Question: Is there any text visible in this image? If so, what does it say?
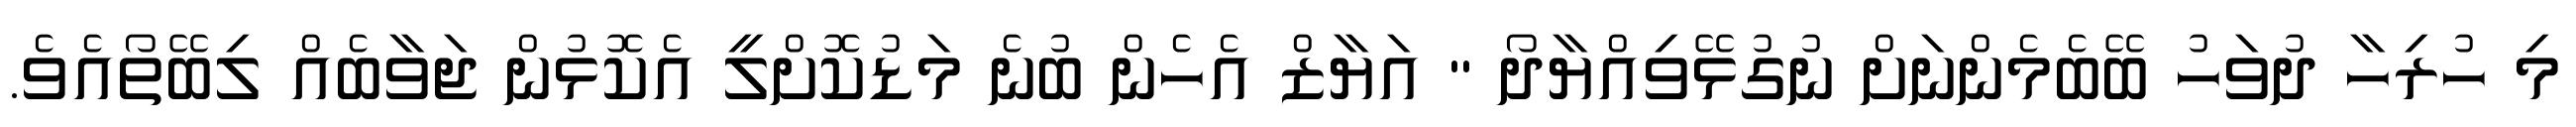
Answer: މި ހުރިހާ ދުވަހު ބޭބެމެންނަށް ނުގުޅޭވިއްޔާދޯ " އަޔާޒް އެހެން ބުނެ މަޑުކޮށްލީ އެކޮޅުން ޖަވާބެއް ލިބޭތޯއެވެ.